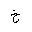
Letter: _kha